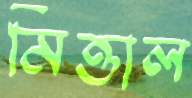
মিত্তাল